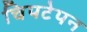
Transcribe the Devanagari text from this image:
चिपटेपन